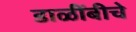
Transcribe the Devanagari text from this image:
डाळींबीचे